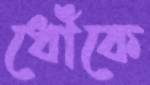
ধোঁকে